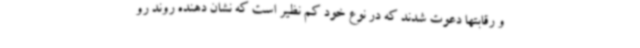
و رقابتها دعوت شدند که در نوع خود کم نظیر است که نشان دهنده روند رو